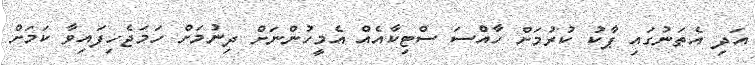
އަދި އެތަނުގައި ޕާކު ކުރުމަށް ހާއްސަ ސްޓިކާއެއް އެމީހުންނަށް ދިނުމަށް ހަމަޖެހިފައިވާ ކަމަށް